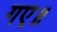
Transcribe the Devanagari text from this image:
गए॥